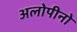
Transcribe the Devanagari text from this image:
अलोपीनो